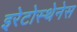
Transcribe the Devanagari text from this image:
इरेटोस्थेनेस